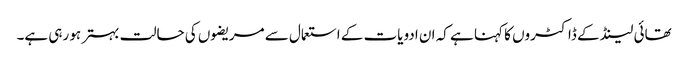
تھائی لینڈ کے ڈاکٹروں کا کہنا ہے کہ ان ادویات کے استعمال سے مریضوں کی حالت بہتر ہو رہی ہے۔